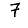
Digit: 7